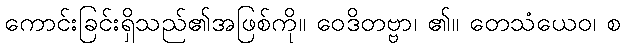
ကောင်းခြင်းရှိသည်၏အဖြစ်ကို။ ဝေဒိတဗ္ဗာ၊ ၏။ တေသံယေဝ၊ စ